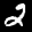
Label: 2